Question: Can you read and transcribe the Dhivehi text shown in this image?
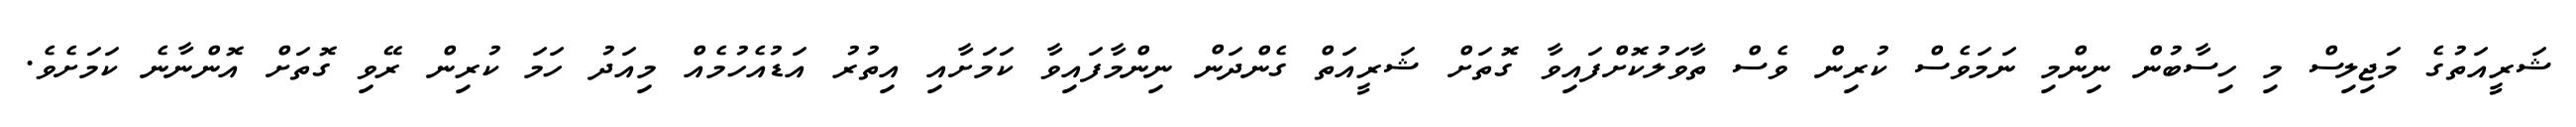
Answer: ޝަރީއަތުގެ މަޖިލިސް މި ހިސާބުން ނިންމި ނަމަވެސް ކުރިން ވެސް ތާވަލުކޮށްފައިވާ ގޮތަށް ޝަރީއަތް ގެންދަން ނިންމާފައިވާ ކަމަށާއި އިތުރު އަޑުއެހުމެއް މިއަދު ހަމަ ކުރިން ރޭވި ގޮތަށް އޮންނާނެ ކަމަށެވެ.